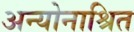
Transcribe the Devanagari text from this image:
अन्योनाश्रित